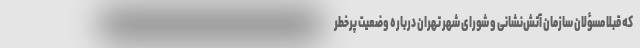
که قبلا مسؤلان سازمان آتش‌نشانی و شورای شهر تهران درباره وضعیت پرخطر